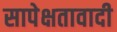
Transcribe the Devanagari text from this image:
सापेक्षतावादी